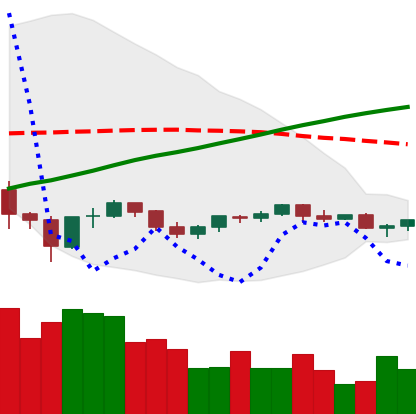
Ticker: TRX-USD
Chart end date: 2021-06-09
Forward return: -4.143%
Label: down_3_5